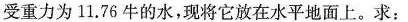
受重力为11.76牛的水，现将它放在水平地面上。求：